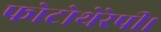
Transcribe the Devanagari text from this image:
फोटोथेरेपी।